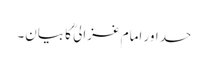
حسد اور امام غزالیؒ کا بیان۔